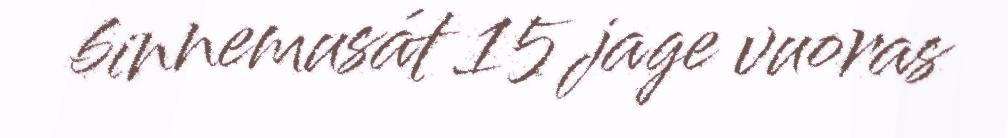
binnemusát 15 jage vuoras